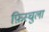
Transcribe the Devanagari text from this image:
फ़िस्चुला